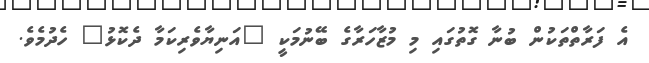
އެ ފަރާތްތަކުން ބުނާ ގޮތުގައި މި މުޒާހަރާގެ ބޭނުމަކީ "އަނިޔާވެރިކަމާ ދެކޮޅު" ހެދުމެވެ.